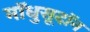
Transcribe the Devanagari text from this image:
मॉधुसूदॉन